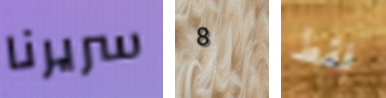
سريرنا 8 فقط